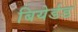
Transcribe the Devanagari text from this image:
बियेर्डड